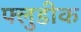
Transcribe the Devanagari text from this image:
फ्लुडीक